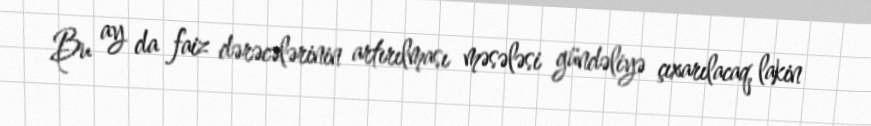
Bu ay da faiz dərəcələrinin artırılması məsələsi gündəliyə çıxarılacaq, lakin